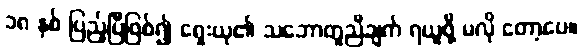
၁၈ နှစ် ပြည့်ပြီဖြစ်၍ ရှေးယု၏ သဘောတူညီချက် ရယူဖို့ မလို တော့ပေ။